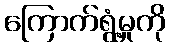
ကြောက်ရွံ့မှုကို